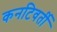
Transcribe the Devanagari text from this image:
कनटिवर्ती